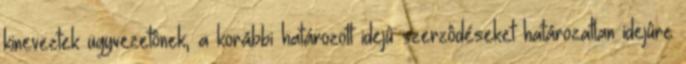
kineveztek ügyvezetônek, a korábbi határozott idejû szerzôdéseket határozatlan idejûre